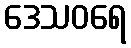
ဒေသဝရေ